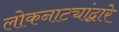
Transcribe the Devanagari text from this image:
लोकनाट्यांद्वारे